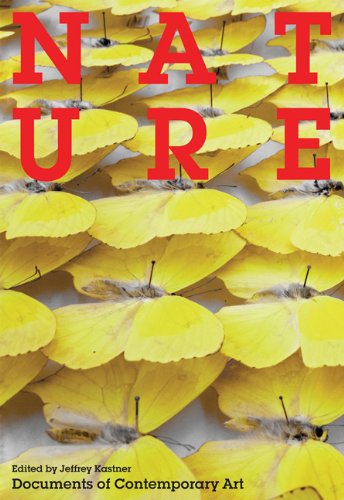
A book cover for Nature (Whitechapel: Documents of Contemporary Art); Politics & Social Sciences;